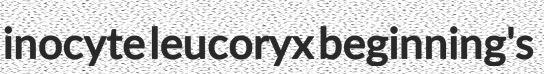
inocyte leucoryx beginning's